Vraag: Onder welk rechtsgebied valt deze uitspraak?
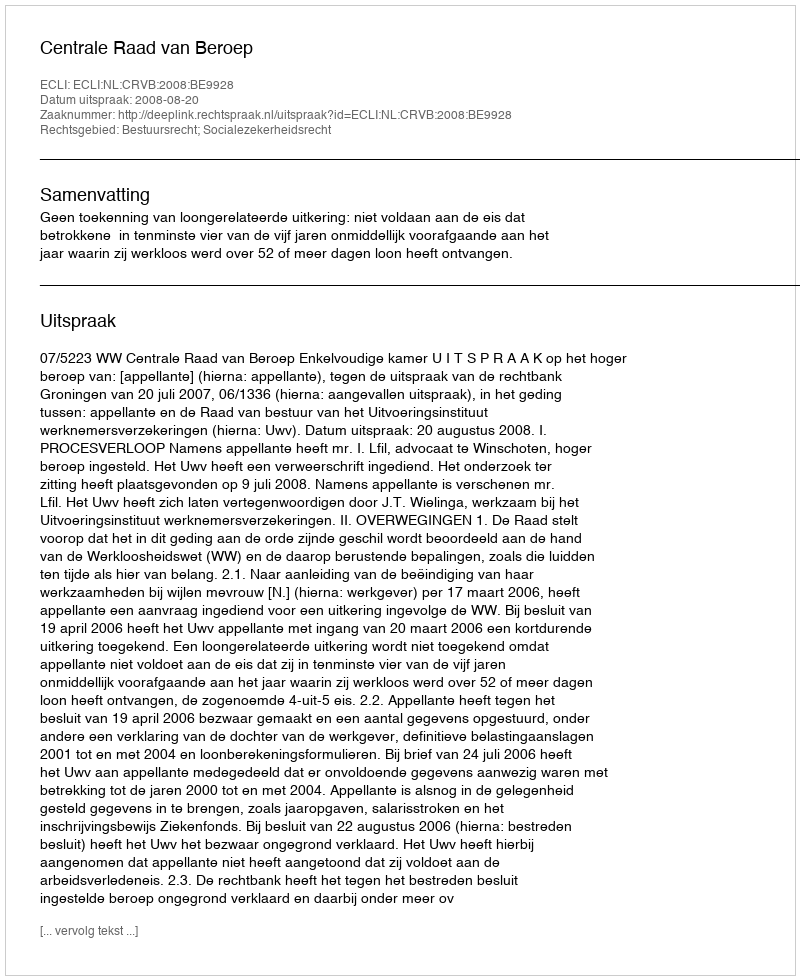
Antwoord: Bestuursrecht; Socialezekerheidsrecht